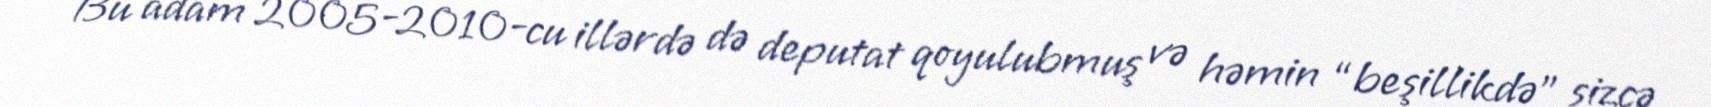
Bu adam 2005-2010-cu illərdə də deputat qoyulubmuş və həmin “beşillikdə” sizcə